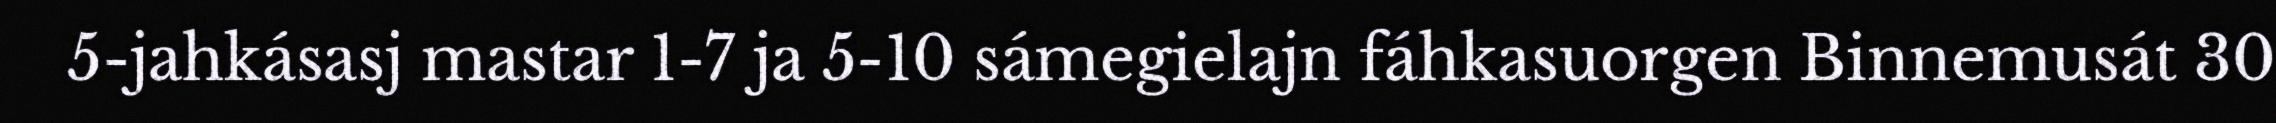
5-jahkásasj mastar 1-7 ja 5-10 sámegielajn fáhkasuorgen Binnemusát 30